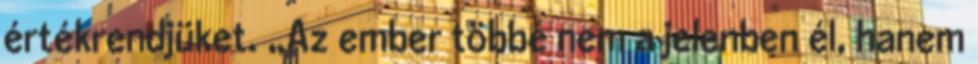
értékrendjüket. „Az ember többé nem a jelenben él, hanem